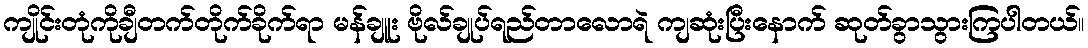
ကျိုင်းတုံကိုချီတက်တိုက်ခိုက်ရာ မန်ချူး ဗိုလ်ချုပ်ရည်တာလောရဲ ကျဆုံးပြီးနောက် ဆုတ်ခွာသွားကြပါတယ်။